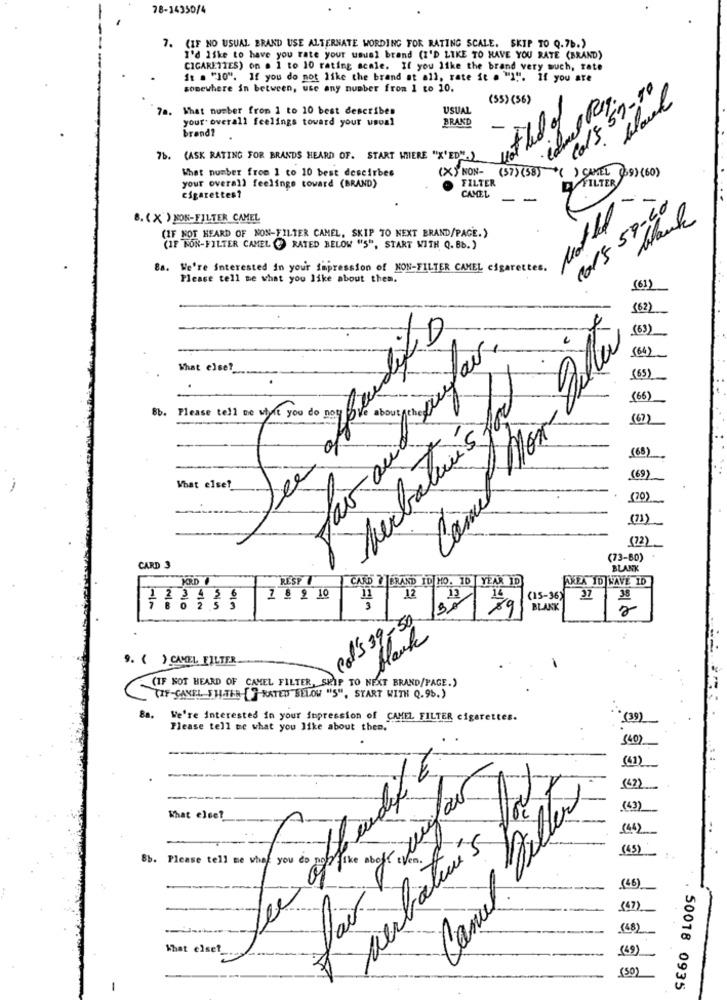
78-14350/4
(IF NO USUAL BRAND USE ALTERNATE WORDING FOR RATING SCALE. SKIP TO Q.76.)
I'd like to have you rate your usual brand (I'D LIKE TO HAVE YOU RATE (BRAND)
CIGARETTES) on . 1 to 10 rating scale. If you like the brand very much, rate
it . "10". If you do not like the brand at all, rate it . "I". If you are
Col5 59-10
somewhere in between, use any number from 1 to 10.
(55) (56)
black
. What number from 1 to 10 best describes
USUAL
not hed of
your. overall feelings toward your usual
BRAND
Brand?
7b. (ASK RATING FOR BRANDS HEARD OF. START WHERE "X'ED"")
What number from 1 to 10 best descirbes
(X) NON-
FILTER
(57) (58) *( ) CAMEL (69) (60)
PFILTER
your overall feelings toward (BRAND)
CAMEL
cigarettes?
-
-
115 59-60
8. ( X ) NON-FILTER CAMEL
blank
(IF NOT HEARD OF NON-FILTER CAMEL, SKIP TO NEXT BRAND/PAGE.)
(IF NOR-FILTER CAMEL ( RATED BELOW "5", START WITH Q. Bb.)
Ba. We're interested in your impression of NON-FILTER CAMEL cigarettes.
Please tell me what you like about them.
(61)
(62)
(6)
0
What else ?__
(65)
(66)
Bb. Please tell me whyit you do not
Ve about
Lubatui's for
(67)
(68)
(69)
What else?
Come
(70)
(71)
(73-80)
CARD 3
BLANK
CARD 7 BRAND ID HO. ID | YEAR ID
AXEA ID HAVE 10
RESP
7 8 9 10
"II
12
(15-36)
37
38
3
BLAKK
Cal's 39-50
blank
9. ( ) CAMEL FILTER
(IF NOT HEARD OF CAMEL FILTER, SKIP TO NEXT BRAND/PAGE.)
(IF-CANEL SHATER [ ]-RATED BELOW "5", START WITH Q.9b.)
Ba.
We're interested in your impression of CAMEL FILTER cigarettes.
(39)
Please tell me what you like about thee.
540
(41)
(42)
(43)
What else?
(44)
verbatimis
(45)
Please tell me when you to pon the above ten .
Canal
(46)
(47)
(68)
What else?
(69)
(50)
-
50018 0935